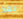
بعد